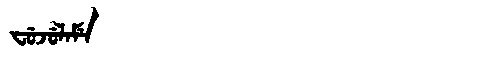
Manchu: ᠸᡠᠵᡠᠯᠠᠮᡝ
Romanization: FUJULAME